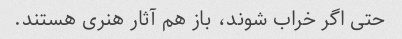
حتی اگر خراب شوند، باز هم آثار هنری هستند.